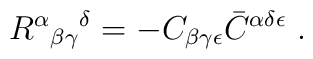
R^\alpha {}_{\beta \gamma}{}^\delta=- C_{\beta \gamma \epsilon}\bar C^{\alpha\delta\epsilon} \ .